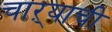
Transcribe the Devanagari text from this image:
चाऱ्याची